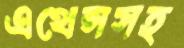
এথেন্সসহ